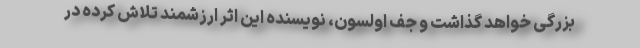
بزرگی خواهد گذاشت و جف اولسون، نویسنده این اثر ارزشمند تلاش کرده در